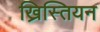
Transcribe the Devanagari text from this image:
ख्रिस्तियन